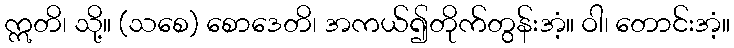
ဣတိ၊ သို့။ (သစေ) စောဒေတိ၊ အကယ်၍တိုက်တွန်းအံ့။ ဝါ၊ တောင်းအံ့။